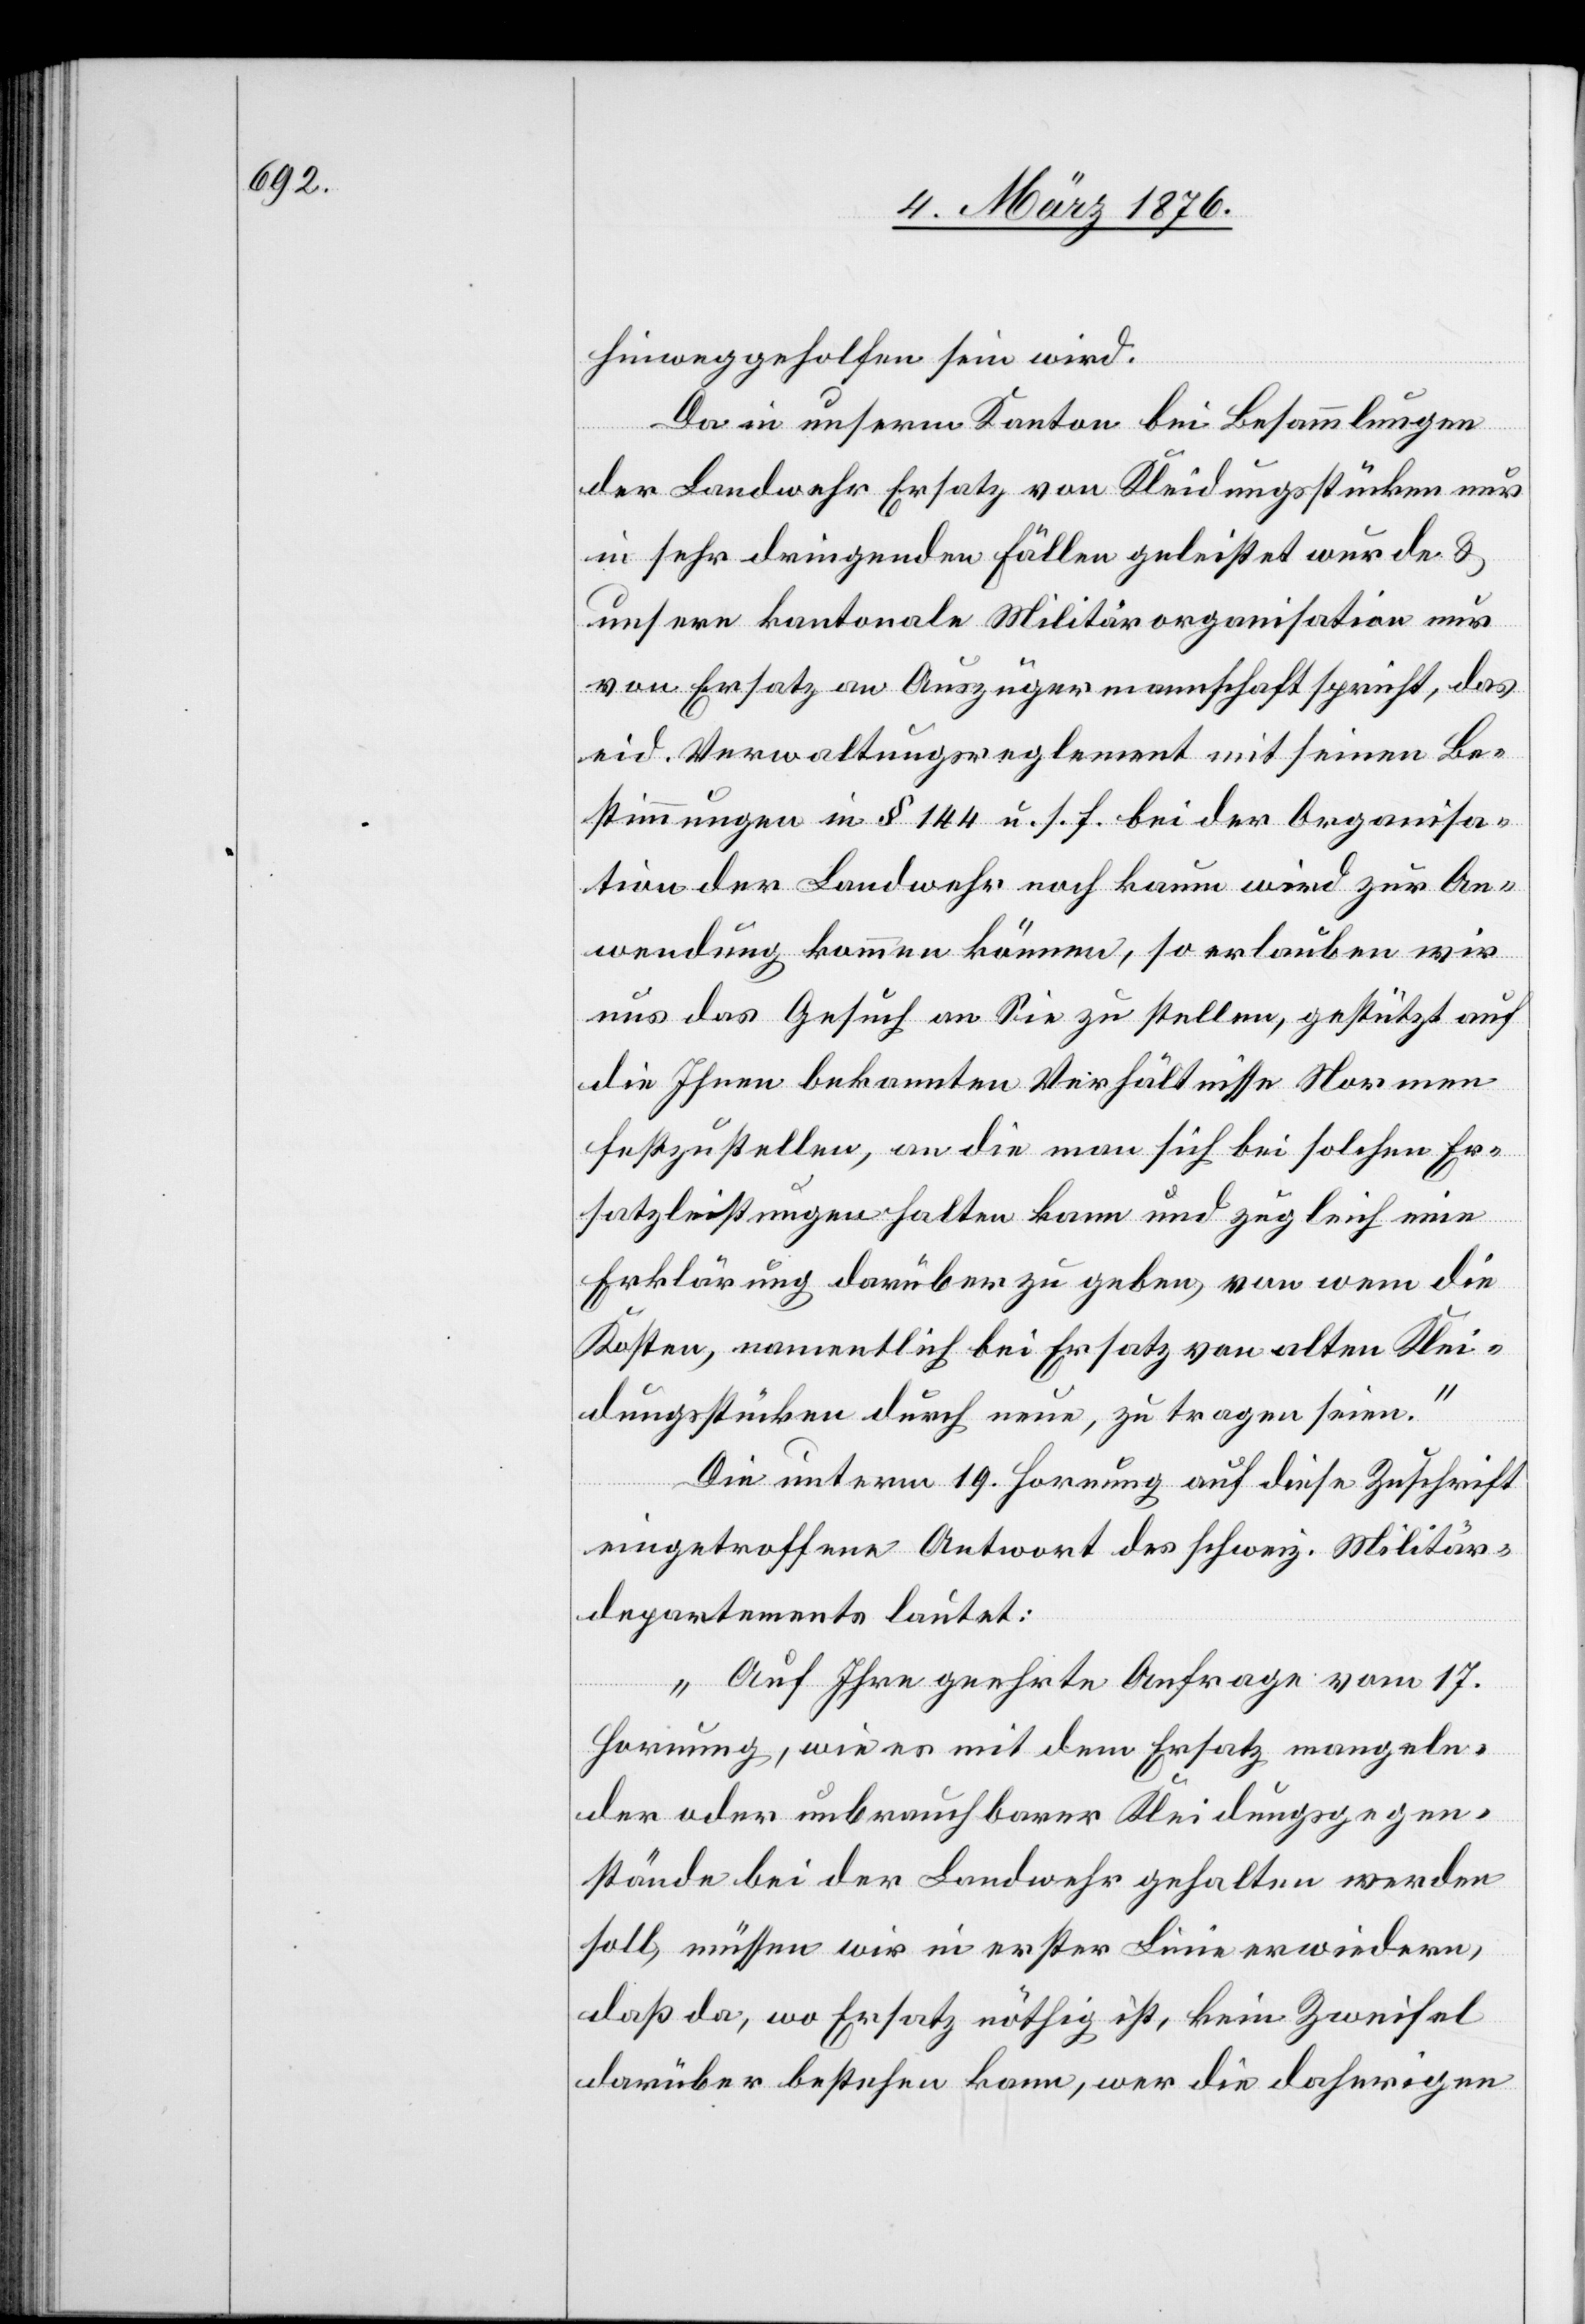
hinweggeholfen sein wird.
Da in unserm Kanton bei Besammlungen
der Landwehr Ersatz von Kleidungsstücken nur
in sehr dringenden Fällen geleistet würde &
unsere kantonale Militärorganisation nur
von Ersatz an Auszügermannschaft spricht, das
eid. Verwaltungsreglement mit seinen Be¬
stimmungen in § 144 u. s. f. bei der Organisa¬
tion der Landwehr noch kaum wird zur An¬
wendung kommen können, so erlauben wir
uns das Gesuch an Sie zu stellen, gestützt auf
die Ihnen bekannten Verhältnisse Normen
festzustellen, an die man sich bei solchen Er¬
satzleistungen halten kann und zugleich eine
Erklärung darüber zu geben, von wem die
Kosten, namentlich bei Ersatz von alten Klei¬
dungstücken durch neue, zu tragen seien.“
Die unterm 19. Hornung auf diese Zuschrift
eingetroffene Antwort des schweiz. Militär¬
departements lautet:
„Auf Ihre geehrte Anfrage vom 17.
Hornung, wie es mit dem Ersatz mangeln¬
der oder unbrauchbarer Kleidungsgegen¬
stände bei der Landwehr gehalten werden
soll, müssen wir in erster Linie erwiedern,
daß da, wo Ersatz nöthig ist, kein Zweifel
darüber bestehen kann, wer die daherigen